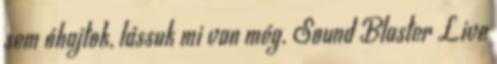
sem óhajtok, lássuk mi van még. Sound Blaster Live